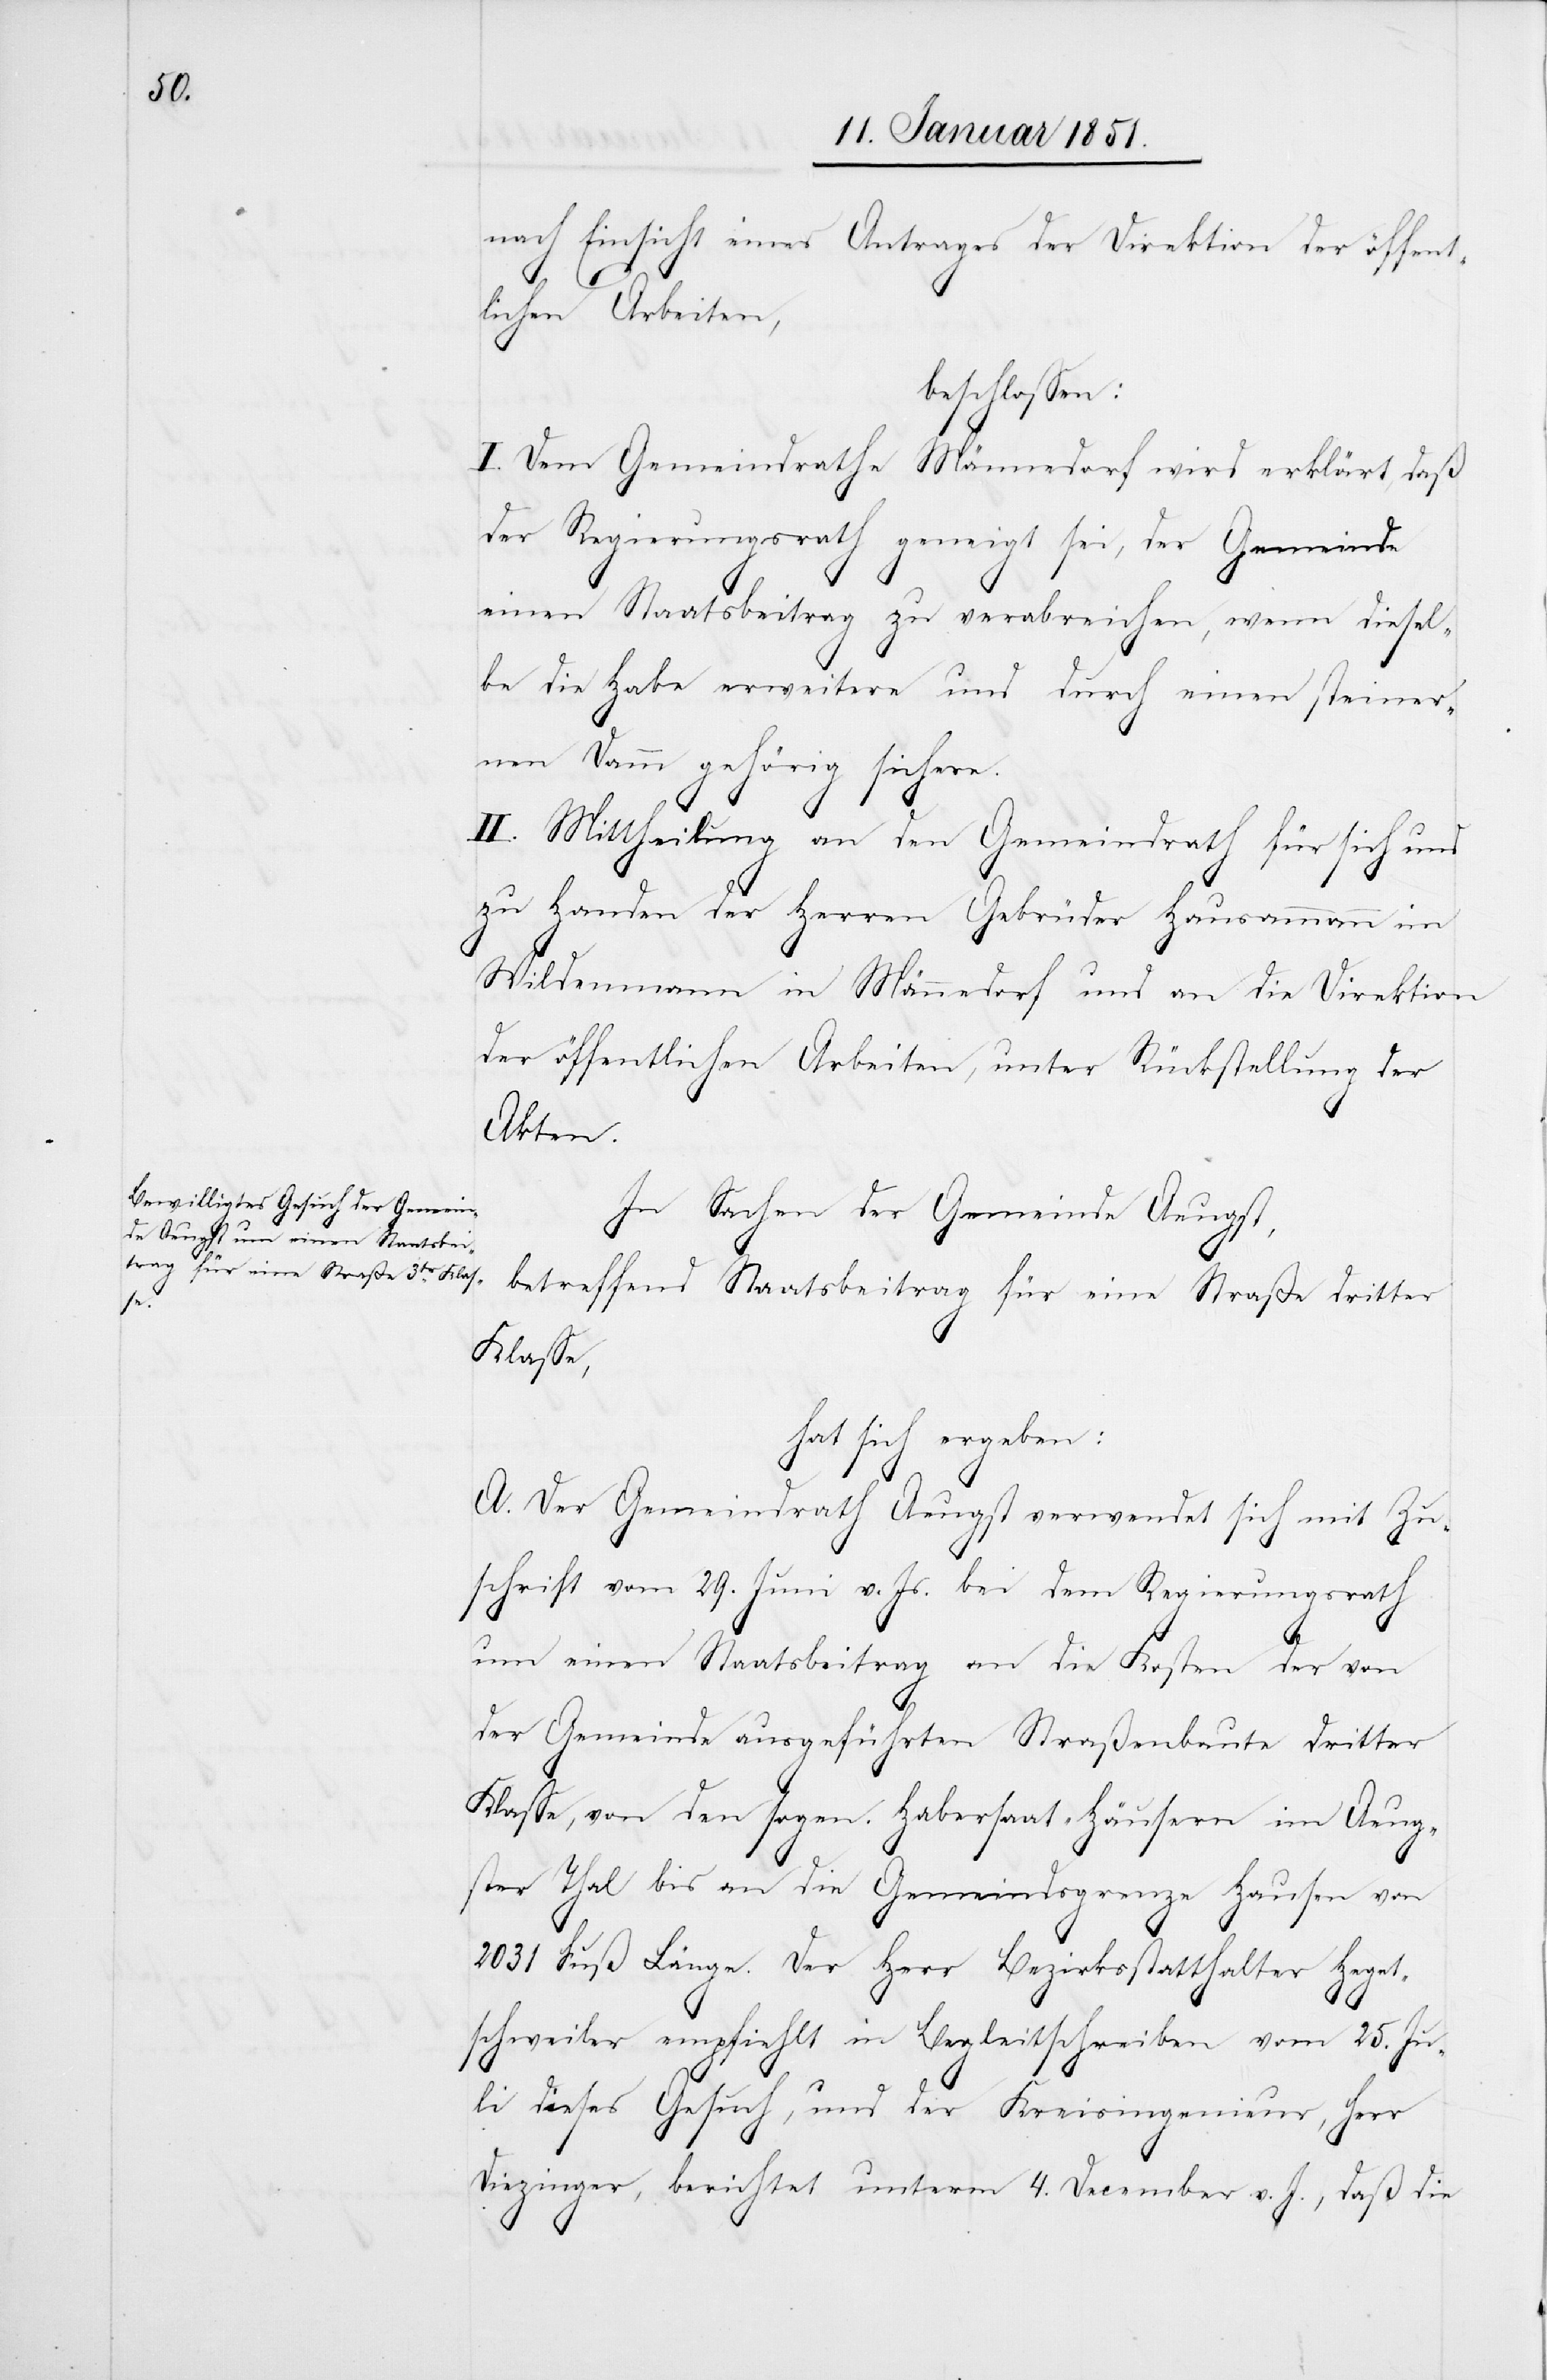
nach Einsicht eines Antrages der Direktion der öffent¬
lichen Arbeiten,
beschlossen:
I. Dem Gemeindrathe Männedorf wird erklärt, daß
der Regierungsrath geneigt sei, der Gemeinde
einen Staatsbeitrag zu verabreichen, wenn diesel¬
be die Habe erweitere und durch einen steiner¬
nen Damm gehörig sichere.
II. Mittheilung an den Gemeindrath für sich und
zu Handen der Herren Gebrüder Hausammann im
Wildenmann in Männedorf und an die Direktion
der öffentlichen Arbeiten, unter Rückstellung der
Akten.
In Sachen der Gemeinde Aeugst,
betreffend Staatsbeitrag für eine Straße dritter
Klasse,
hat sich ergeben:
A. Der Gemeindrath Aeugst verwendet sich mit Zu¬
schrift vom 29. Juni v. Js. bei dem Regierungsrath
um einen Staatsbeitrag an die Kosten der von
der Gemeinde ausgeführten Straßenbaute dritter
Klasse, von den sogen. Habersaat-Häusern im Aeug¬
ster Thal bis an die Gemeindsgrenze Hausen von
2031 Fuß Länge. Der Herr Bezirksstatthalter Heget¬
schweiler empfiehlt in Begleitschreiben vom 25. Ju¬
li dieses Gesuch, und der Kreisingenieur, Herr
Diezinger, berichtet unterm 4. December v. J., daß die